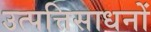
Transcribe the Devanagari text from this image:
उत्पत्तिसाधनों